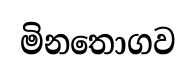
මිනතොගව